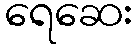
ရေဆေး